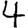
Digit: 4